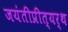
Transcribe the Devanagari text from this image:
जयंतीप्रीत्यर्थ